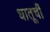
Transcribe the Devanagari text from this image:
धातूचीं